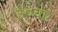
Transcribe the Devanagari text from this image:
३०वए